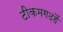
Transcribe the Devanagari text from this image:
टीकमगढ़हैं